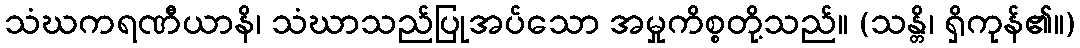
သံဃကရဏီယာနိ၊ သံဃာသည်ပြုအပ်သော အမှုကိစ္စတို့သည်။ (သန္တိ၊ ရှိကုန်၏။)